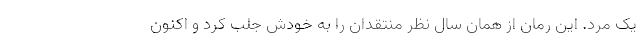
یک مرد. این رمان از همان سال نظر منتقدان را به خودش جلب کرد و اکنون